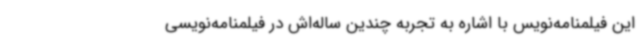
این فیلمنامه‌نویس با اشاره به تجربه چندین ساله‌اش در فیلمنامه‌نویسی